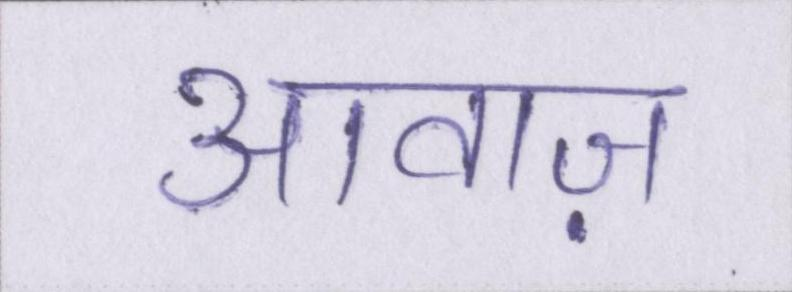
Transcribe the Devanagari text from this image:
आवाज़